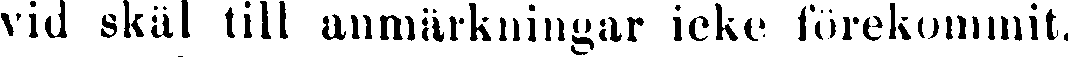
vid skäl till anmärkningar icke förekommit.